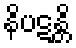
နိပဋန္တိ